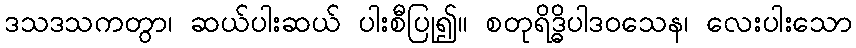
ဒသဒသကတွာ၊ ဆယ်ပါးဆယ် ပါးစီပြု၍။ စတုရိဒ္ဓိပါဒဝသေန၊ လေးပါးသော